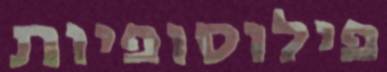
פילוסופיות